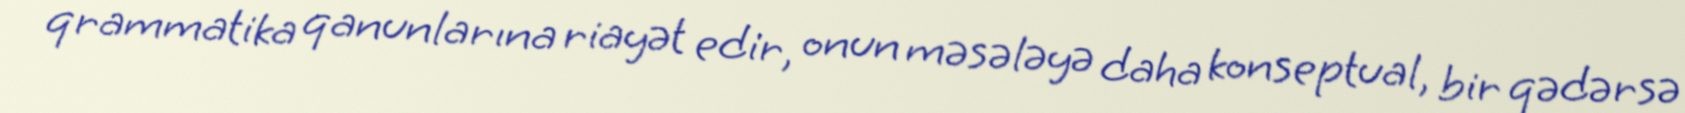
qrammatika qanunlarına riayət edir, onun məsələyə daha konseptual, bir qədərsə